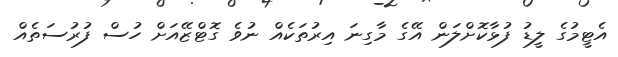
އެޓީމުގެ ލީޑު ފުޅާކޮށްލަން އޭގެ މާގިނަ އިރުތަކެއް ނުވެ ގޮޓްޒޭއަށް ހުސް ފުރުސަތެއް